Civil Veterinary Dept. Bombay admin report 1893-99 - 1893-1899
Year: 1893
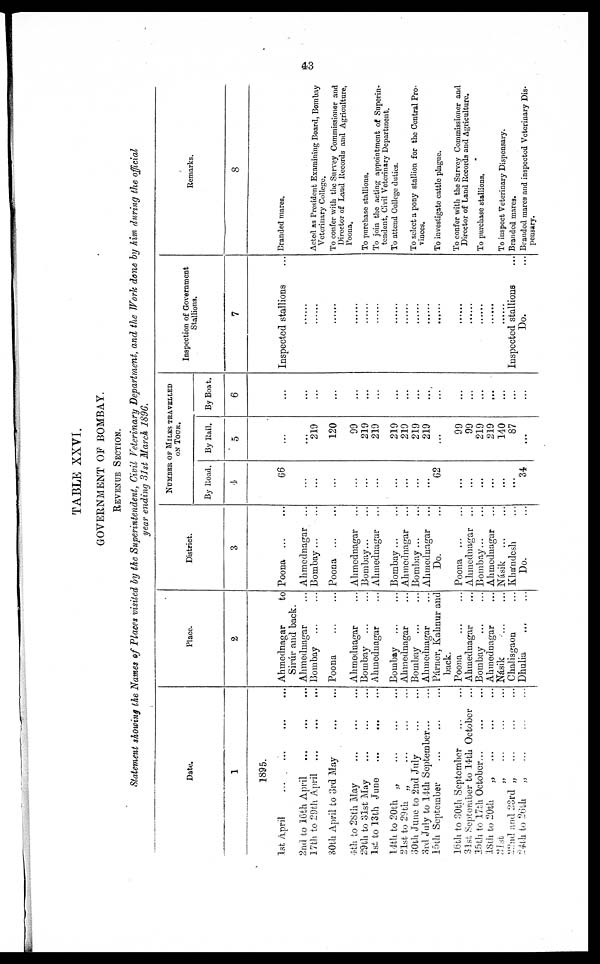
43
TABLE XXVI.
GOVERNMENT OF BOMBAY.
REVENUE SECTION.
Statement showing the Names of Places visited by the Superintendent, Civil Veterinary Department, and the Work done by him during the official
year ending 31st March 1896.
Date.
1
1895.
1st April ... ... ... ...
2nd to 16th April ... ... ...
17th to 29th April
...
...
...
30th April to 3rd May
...
...
4th to 28th May
...
...
...
29th to 31st May
...
...
...
1st to 13th June ... ... ...
14th to 20th „
...
...
...
21st to 29th „
...
...
...
30th June to 2nd July ... ...
3rd July to 14th September... ...
15th September ... ... ...
16th to 30th September ... ...
31st September to 14th October ...
15th to 17th
October...
...
...
18th to 20th
„
...
...
...
21st
„
...
...
...
22nd and 23rd „ ... ... ...
24th to 26th
„ ... ... ...
Place.
2
Ahmednagar
to
Sirúr and back.
Ahmednagar ...
Bombay ... ...
Poona ... ...
Ahmednagar ...
Bombay ... ...
Ahmednagar ...
Bombay ... ...
Ahmednagar ...
Bombay ... ...
Ahmednagar ... ...
Párnor, Kahnur and
back.
Poona ... ...
Ahmednagar ...
Bombay ... ...
Ahmednagar ...
Násik ... ...
Chalisgaon ...
Dhulia
...
...
District.
3
Poona ... ...
Ahmednagar ...
Bombay ...
...
Poona ... ...
Ahmednagar ...
Bombay...
Ahmednagar ...
Bombay ... ...
Ahmednagar ...
Bombay... ...
Ahmednagar ...
Do. ...
Poona ... ...
Ahmednagar ...
Bombay... ...
Ahmednagar ...
Násik
...
...
Khándesh ...
Do. ...
NUMBER OF MILES TRAVELLED
ON
TOUR.
By Road.
4
66
...
...
...
...
...
...
...
...
...
...
62
...
...
...
...
...
...
34
By Rail.
5
...
...
219
120
99
219
219
219
219
219
219
...
99
99
219
219
140
87
...
By Boat.
6
...
...
...
...
...
...
...
...
...
...
...
...
...
...
...
...
...
...
...
Inspection of Government
Stallions.
7
Inspected stallions ...
......
......
......
......
......
......
......
......
......
......
......
......
......
......
......
......
Inspected stallions ...
Do. ...
Remarks.
8
Branded mares.
Acted as President Examining Board, Bombay
Veterinary College.
To confer with the Survey Commissioner and
Director of Land Records and Agriculture,
Poona.
To purchase stallions.
To join the acting appointment of Superin-
tendent, Civil Veterinary Department.
To attend College duties.
To select a pony stallion for the Central Pro¬
vinces.
To investigate cattle plague.
To confer with the Survey Commissioner and
Director of Land Records and Agriculture.
To purchase stallions.
To inspect Veterinary Dispensary.
Branded mares.
Branded mares and inspected Veterinary Dis-
pensary.